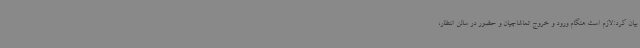
بیان کرد:لازم است هنگام ورود و خروج تماشاچیان و حضور در سالن انتظار،